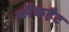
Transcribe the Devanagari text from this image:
ब्लैकहैट